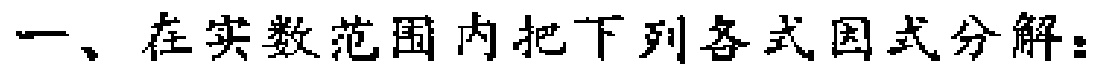
一、在实数范围内把下列各式因式分解：